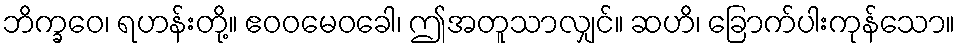
ဘိက္ခဝေ၊ ရဟန်းတို့။ ဧဝဝမေဝခေါ၊ ဤအတူသာလျှင်။ ဆဟိ၊ ခြောက်ပါးကုန်သော။